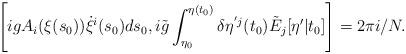
LaTeX: \begin{align*}\left[ i g A_i(\xi(s_0)) \dot{\xi}^i(s_0) ds_0, i \tilde{g} \int_{\eta_0} ^{\eta(t_0)} \delta \eta^{'j}(t_0) \tilde{E}_j[\eta'|t_0] \right] = 2 \pi i/N.\end{align*}